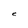
Character: C